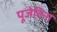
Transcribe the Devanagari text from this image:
पूजेविना